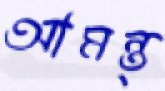
আমন্ত্